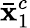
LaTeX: \mathbf{\bar{x}}_{1}^{c}